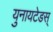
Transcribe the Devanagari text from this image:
युनायटेडस्